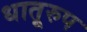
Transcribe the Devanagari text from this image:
धातूरुप